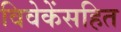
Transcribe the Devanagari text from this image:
विवेकेंसहित